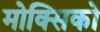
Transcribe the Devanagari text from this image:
मोक्सिको